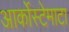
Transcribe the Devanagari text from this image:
आर्कोस्टेमाटा